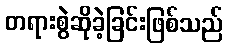
တရားစွဲဆိုခဲ့ခြင်းဖြစ်သည်